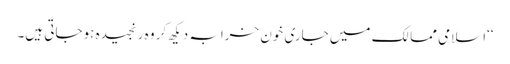
‘‘اسلامی ممالک میں جاری خون خرابہ دیکھ کر وہ رنجیدہ ہوجاتی ہیں۔